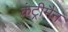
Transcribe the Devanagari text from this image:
कंट्रीमैन